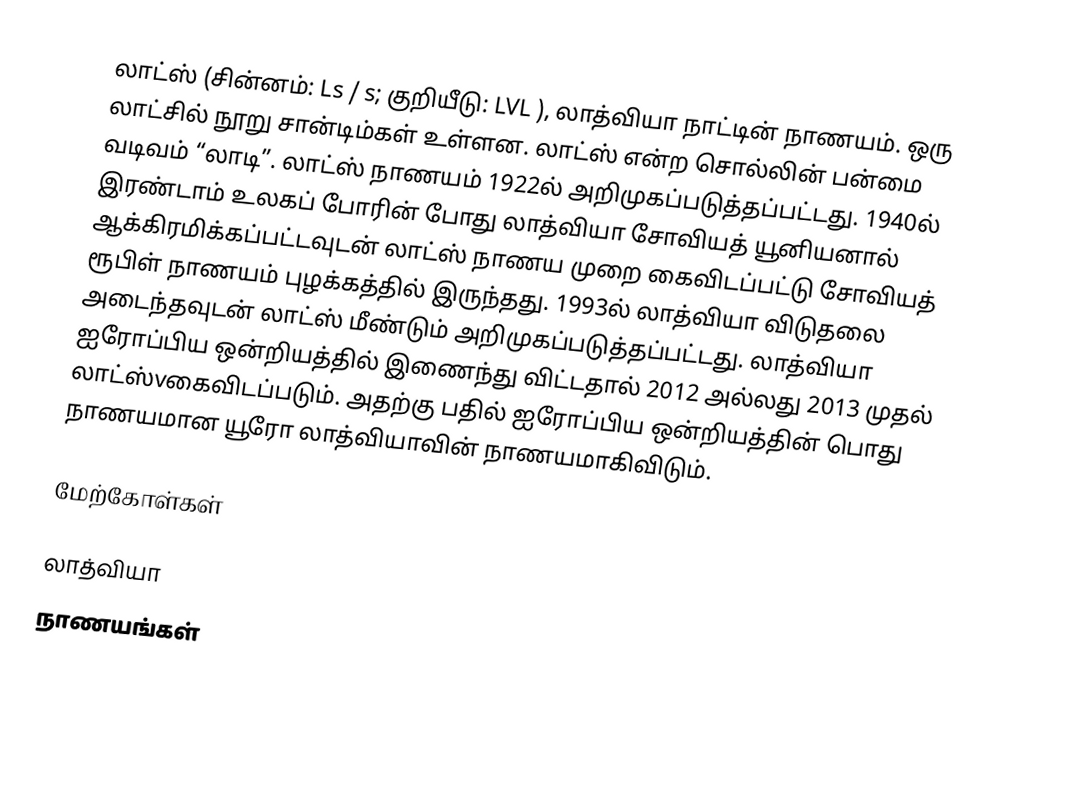
லாட்ஸ் (சின்னம்: Ls / s; குறியீடு: LVL ), லாத்வியா நாட்டின் நாணயம். ஒரு லாட்சில் நூறு சான்டிம்கள் உள்ளன. லாட்ஸ் என்ற சொல்லின் பன்மை வடிவம் “லாடி”. லாட்ஸ் நாணயம் 1922ல் அறிமுகப்படுத்தப்பட்டது. 1940ல் இரண்டாம் உலகப் போரின் போது லாத்வியா சோவியத் யூனியனால் ஆக்கிரமிக்கப்பட்டவுடன் லாட்ஸ் நாணய முறை கைவிடப்பட்டு சோவியத் ரூபிள் நாணயம் புழக்கத்தில் இருந்தது. 1993ல் லாத்வியா விடுதலை அடைந்தவுடன் லாட்ஸ் மீண்டும் அறிமுகப்படுத்தப்பட்டது. லாத்வியா ஐரோப்பிய ஒன்றியத்தில் இணைந்து விட்டதால் 2012 அல்லது 2013 முதல் லாட்ஸ்vகைவிடப்படும். அதற்கு பதில் ஐரோப்பிய ஒன்றியத்தின் பொது நாணயமான யூரோ லாத்வியாவின் நாணயமாகிவிடும்.

மேற்கோள்கள்

லாத்வியா
நாணயங்கள்